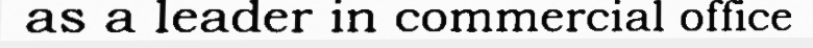
as a leader in commercial office